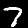
Label: 7